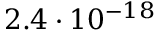
2 . 4 \cdot 1 0 ^ { - 1 8 }